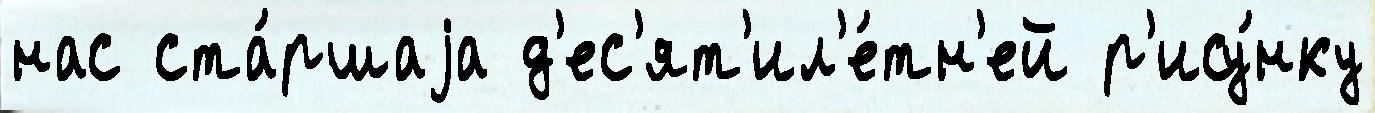
нас ста́ршаjа д'ес'ят'ил'е́тн'ей р'ису́нку